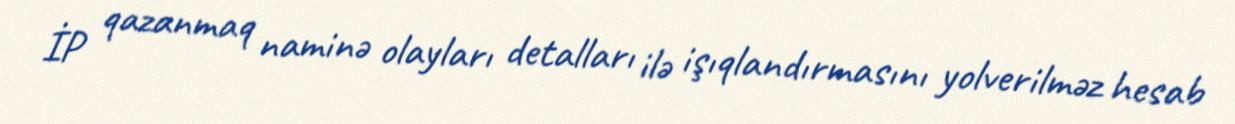
İP qazanmaq naminə olayları detalları ilə işıqlandırmasını yolverilməz hesab